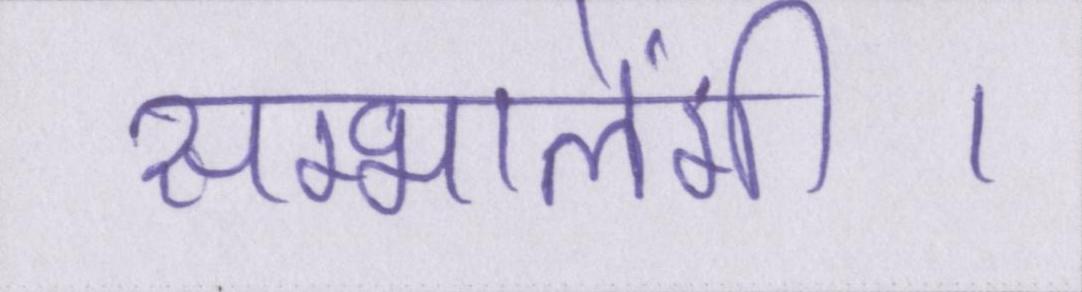
सम्भालेंगी।